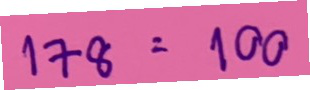
178 = 100